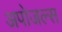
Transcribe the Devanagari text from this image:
अपोजल्स